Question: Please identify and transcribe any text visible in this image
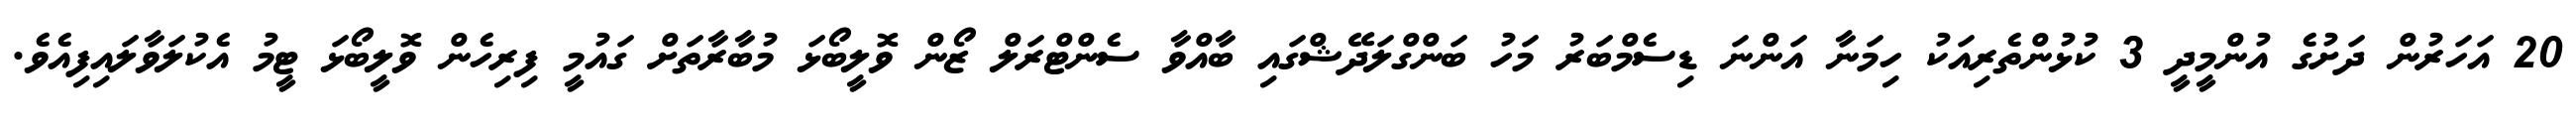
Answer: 20 އަހަރުން ދަށުގެ އުންމީދީ 3 ކުޅުންތެރިއަކު ހިމަނާ އަންނަ ޑިސެމްބަރު މަހު ބަންގްލަދޭޝްގައި ބާއްވާ ސެންޓްރަލް ޒޯން ވޮލީބޯޅަ މުބާރާތަށް ގައުމީ ފިރިހެން ވޮލީބޯޅަ ޓީމު އެކުލަވާލައިފިއެވެ.